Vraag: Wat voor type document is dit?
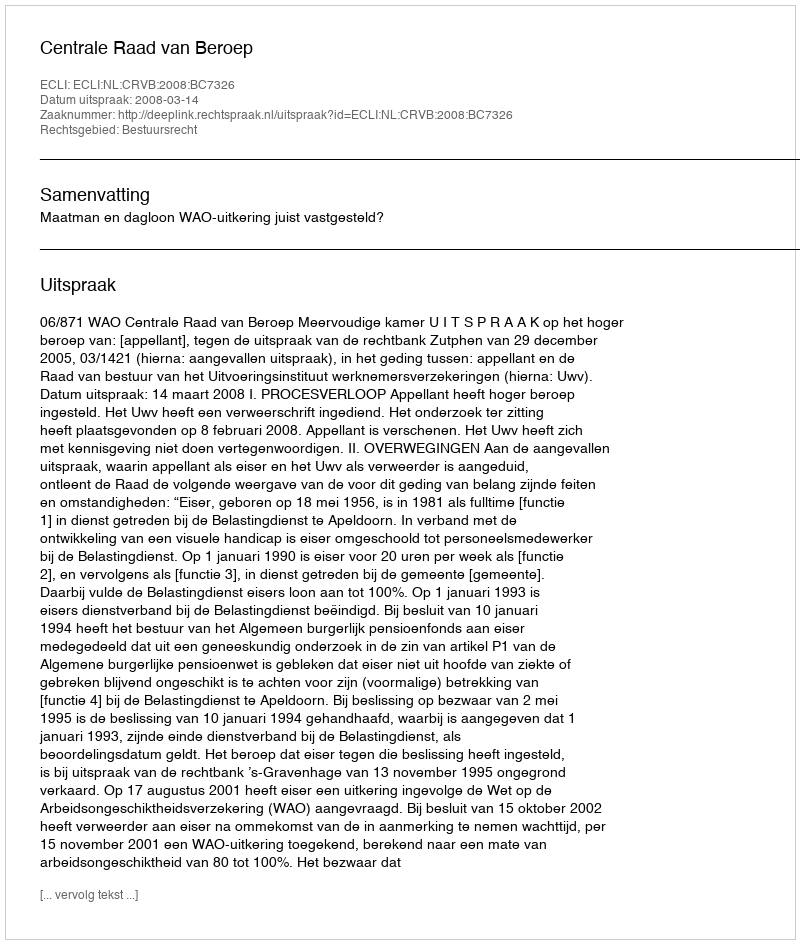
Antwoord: Uitspraak